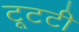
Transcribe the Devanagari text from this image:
टूटटी